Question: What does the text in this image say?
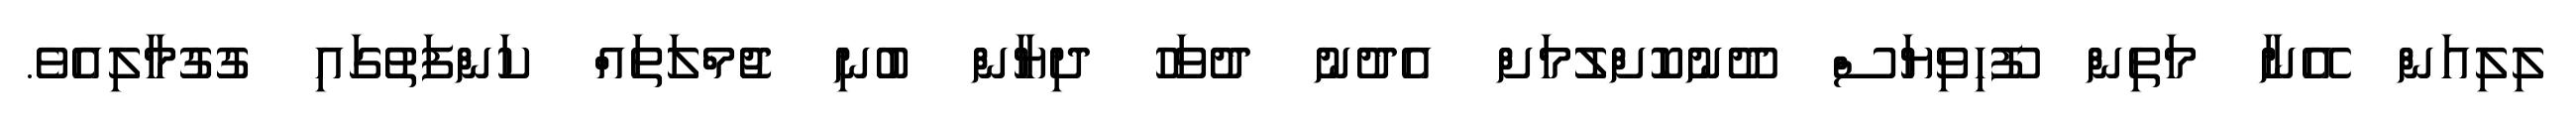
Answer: ލިލިއަން އޭނާ މަތިން ފޫހިވިޔަސް ދޫނުކޮށްލުމަށް އެދުނު ދުވަހު ދިޔާން ބުނި ޖުމްލަތައް ކަންފަތުގައި ގުގުމާލިއެވެ.